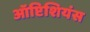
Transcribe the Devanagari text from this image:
ऑप्टिशियंस